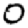
Digit: 0